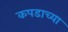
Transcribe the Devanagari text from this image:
कपडाच्या